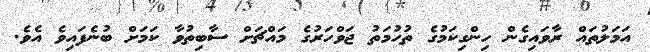
އަމަލުތައް ރާވައިގެން ހިންގިކަމުގެ ތުހުމަތު ޖަވްހަރުގެ މައްޗަށް ސާބިތުވާ ކަމަށް ބުނެފައިވެ އެވެ.